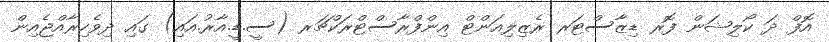
އޮފް ދަ ކޯލިޝަން ފޮރ ޑިޒާސްޓަރ ރެޒިލިއަންޓް އިންފްރާސްޓްރަކްޗަރ (ސީ.ޑީ.އާރު.އައި) ގައި ދިވެހިރާއްޖެއިން